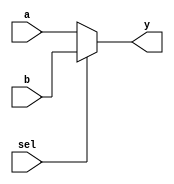
module xup_2_to_1_mux_vector #(parameter SIZE = 4 , DELAY = 3)(
   input [SIZE-1:0] a,
   input [SIZE-1:0] b,
   input sel,
   output [SIZE-1:0] y
   );
   
   assign #DELAY y[SIZE-1:0] = sel?b[SIZE-1:0] :a[SIZE-1:0];
       
endmodule